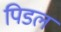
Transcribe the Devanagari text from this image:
पिडल